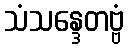
သံသန္ဒေတဗ္ဗံ